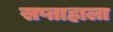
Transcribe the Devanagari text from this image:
सप्ताहाला